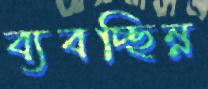
ব্যবচ্ছিন্ন